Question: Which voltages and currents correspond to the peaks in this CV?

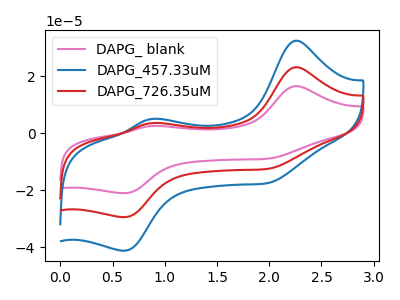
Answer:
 <answer>The pink curve "DAPG_ blank" has anodic peaks at (2.25V, 16.60uA) (0.85V, 2.60uA) and cathodic peaks at (2.00V, -8.85uA) (0.60V, -21.05uA). The blue curve "DAPG_457.33uM" has anodic peaks at (2.25V, 46.50uA) (0.85V, 7.20uA) and cathodic peaks at (2.00V, -24.75uA) (0.60V, -58.90uA). The red curve "DAPG_726.35uM" has anodic peaks at (2.25V, 23.25uA) (0.85V, 3.60uA) and cathodic peaks at (2.00V, -12.35uA) (0.60V, -29.45uA).</answer>
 <eval></eval>